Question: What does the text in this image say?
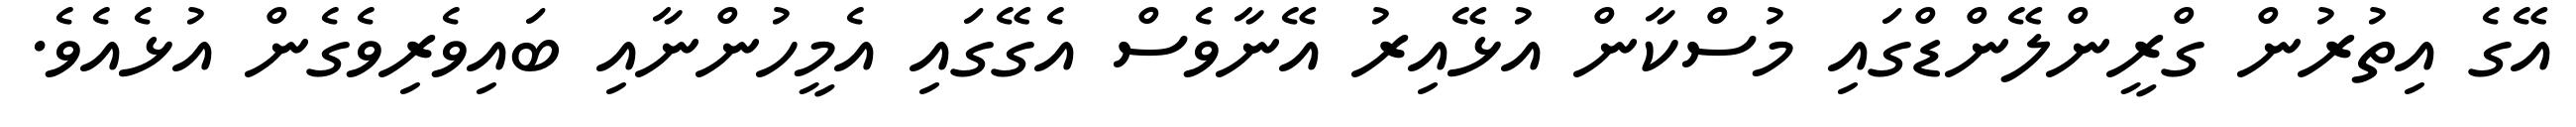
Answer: އޭގެ އިތުރުން ގްރީންލޭންޑްގައި މުސްކާން އުޅޭއިރު އޭނާވެސް އެގޭގައި އެމީހުންނާއި ބައިވެރިވެގެން އުޅެއެވެ.